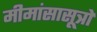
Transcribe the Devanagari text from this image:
मीमांसासूत्रों